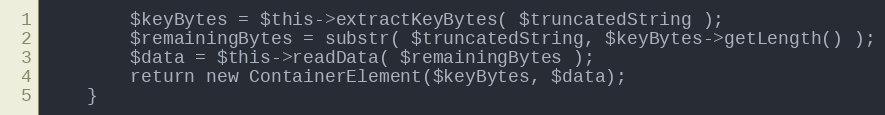
Language: PHP
        $keyBytes = $this->extractKeyBytes( $truncatedString );
        $remainingBytes = substr( $truncatedString, $keyBytes->getLength() );
        $data = $this->readData( $remainingBytes );
        return new ContainerElement($keyBytes, $data);
    }